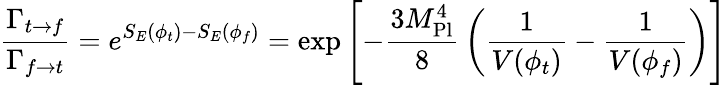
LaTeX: {\frac{\Gamma_{t\rightarrow f}}{\Gamma_{f\rightarrow t}}}=e^{S_{E}(\phi_{t})-S_{E}(\phi_{f})}=\exp\left[-{\frac{3M_{\mathrm{Pl}}^{4}}{8}}\left({\frac{1}{V(\phi_{t})}}-{\frac{1}{V(\phi_{f})}}\right)\right]